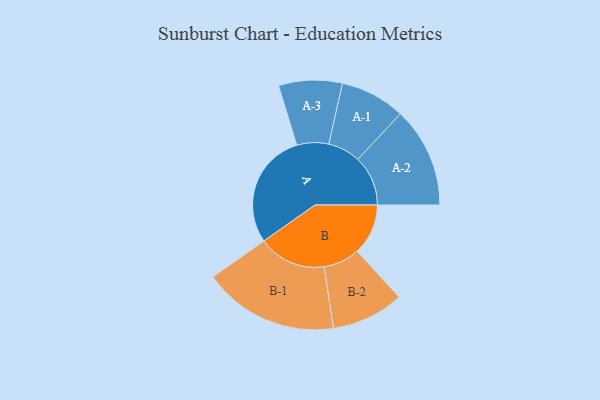
{"axis": {"x": "Segment", "y": "Value"}, "legend": ["", "A", "B"], "data": [{"x": "A", "y": 491, "type": ""}, {"x": "B", "y": 216, "type": ""}, {"x": "A-1", "y": 138, "type": "A"}, {"x": "A-2", "y": 213, "type": "A"}, {"x": "A-3", "y": 135, "type": "A"}, {"x": "B-1", "y": 288, "type": "B"}, {"x": "B-2", "y": 154, "type": "B"}]}